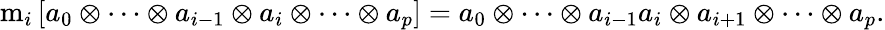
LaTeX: \mathrm{m}_{i}\left[a_{0}\otimes\cdots\otimes a_{i-1}\otimes a_{i}\otimes\cdots\otimes a_{p}\right]=a_{0}\otimes\cdots\otimes a_{i-1}a_{i}\otimes a_{i+1}\otimes\cdots\otimes a_{p}.